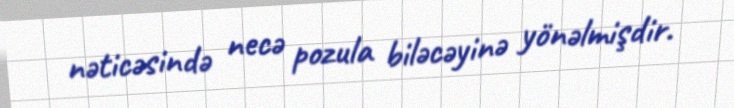
nəticəsində necə pozula biləcəyinə yönəlmişdir.